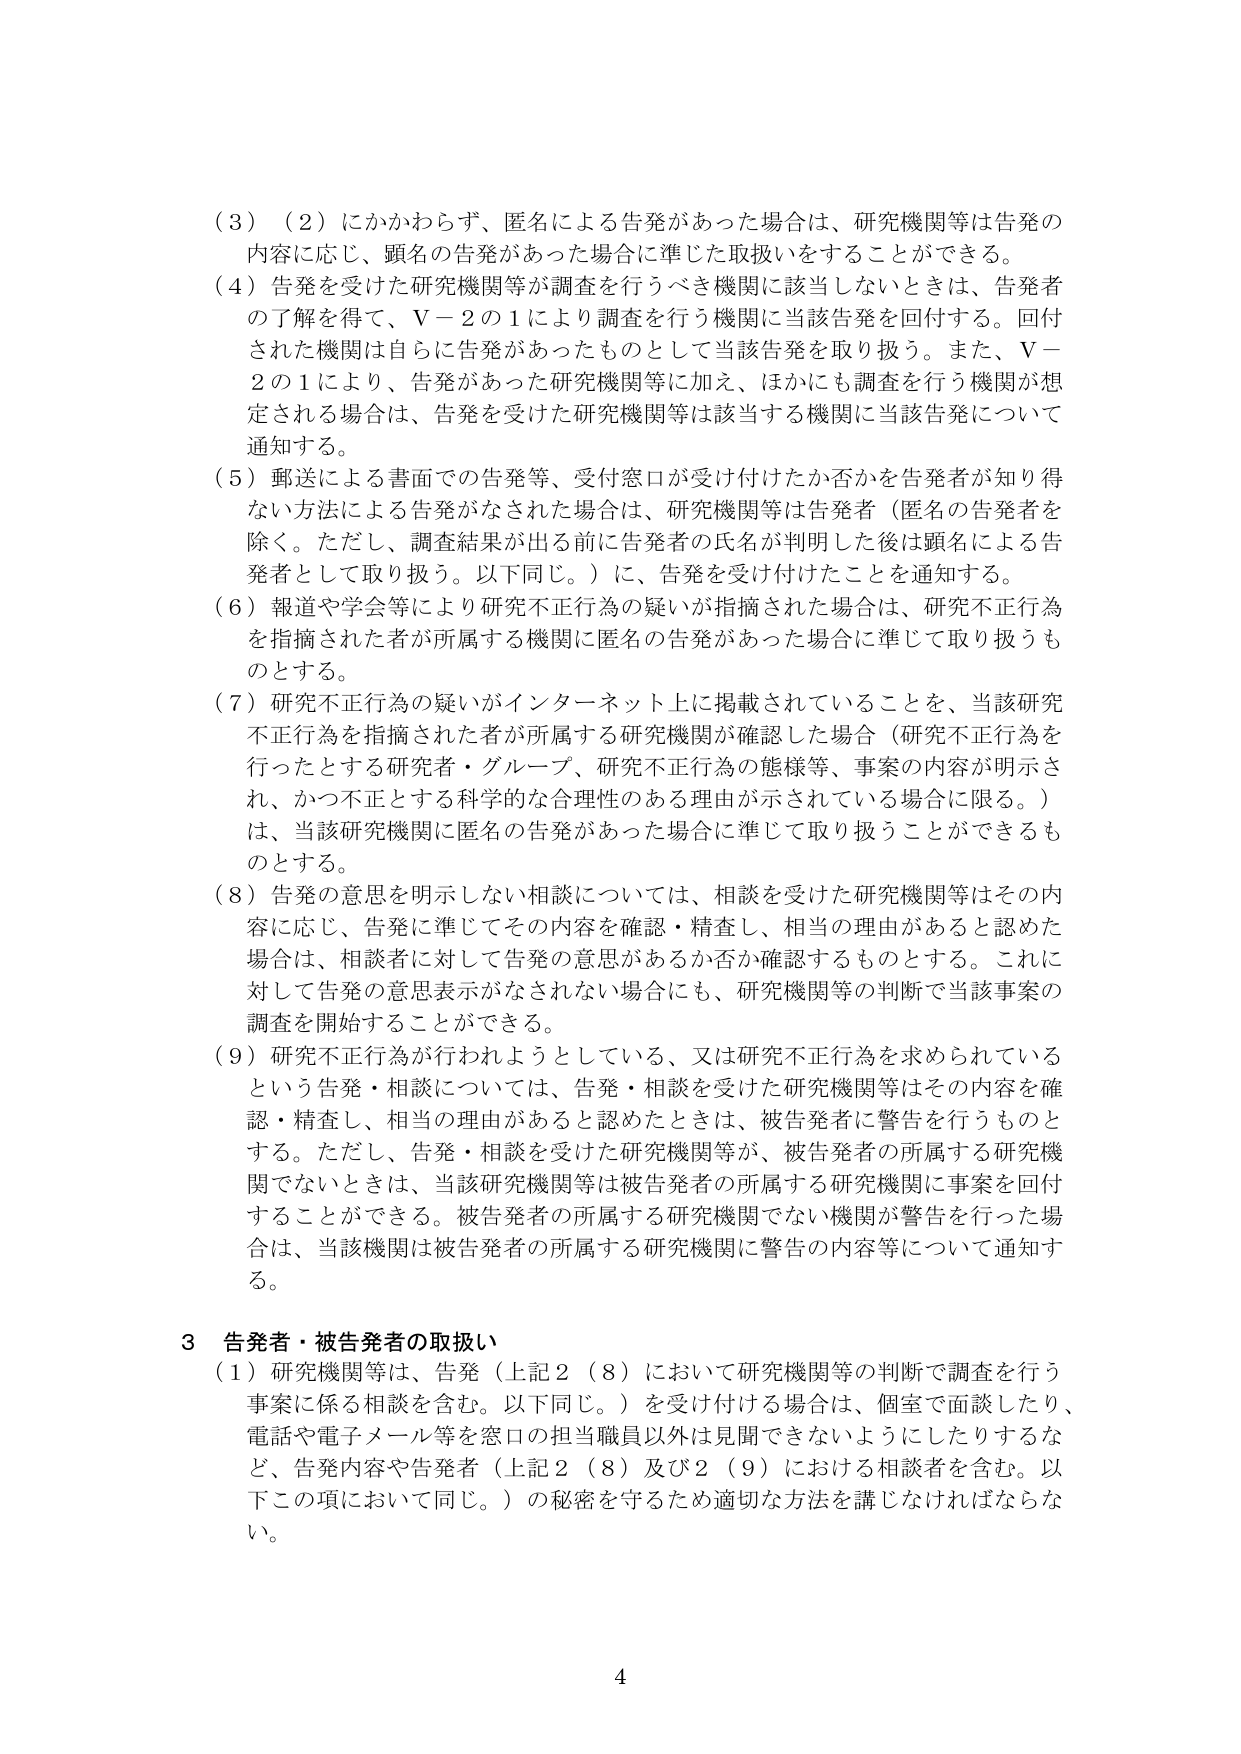
（３）（２）にかかわらず、匿名による告発があった場合は、研究機関等は告発の内容に応じ、顕名の告発があった場合に準じた取扱いをすることができる。

（４）告発を受けた研究機関等が調査を行うべき機関に該当しないときは、告発者の了解を得て、Ｖ－２の１により調査を行う機関に当該告発を回付する。回付された機関は自らに告発があったものとして当該告発を取り扱う。また、Ｖ－２の１により、告発があった研究機関等に加え、ほかにも調査を行う機関が想定される場合は、告発を受けた研究機関等は該当する機関に当該告発について通知する。

（５）郵送による書面での告発等、受付窓口が受け付けたか否かを告発者が知り得ない方法による告発がなされた場合は、研究機関等は告発者（匿名の告発者を除く。ただし、調査結果が出る前に告発者の氏名が判明した後は顕名による告発者として取り扱う。以下同じ。）に、告発を受け付けたことを通知する。

（６）報道や学会等により研究不正行為の疑いが指摘された場合は、研究不正行為を指摘された者が所属する機関に匿名の告発があった場合に準じて取り扱うものとする。

（７）研究不正行為の疑いがインターネット上に掲載されていることを、当該研究不正行為を指摘された者が所属する研究機関が確認した場合（研究不正行為を行ったとする研究者・グループ、研究不正行為の態様等、事案の内容が明示され、かつ不正とする科学的な合理性のある理由が示されている場合に限る。）は、当該研究機関に匿名の告発があった場合に準じて取り扱うことができるものとする。

（８）告発の意思を明示しない相談については、相談を受けた研究機関等はその内容に応じ、告発に準じてその内容を確認・精査し、相当の理由があると認めた場合は、相談者に対して告発の意思があるか否か確認するものとする。これに対して告発の意思表示がなされない場合にも、研究機関等の判断で当該事案の調査を開始することができる。

（９）研究不正行為が行われようとしている、又は研究不正行為を求められているという告発・相談については、告発・相談を受けた研究機関等はその内容を確認・精査し、相当の理由があると認めたときは、被告発者に警告を行うものとする。ただし、告発・相談を受けた研究機関等が、被告発者の所属する研究機関でないときは、当該研究機関等は被告発者の所属する研究機関に事案を回付することができる。被告発者の所属する研究機関でない機関が警告を行った場合は、当該機関は被告発者の所属する研究機関に警告の内容等について通知する。

３ 告発者・被告発者の取扱い

（１）研究機関等は、告発（上記２（８）において研究機関等の判断で調査を行う事案に係る相談を含む。以下同じ。）を受け付けた場合は、個室で面談したり、電話や電子メール等を窓口の担当職員以外は見聞できないようにしたりするなど、告発内容や告発者（上記２（８）及び２（９）における相談者を含む。以下この項において同じ。）の秘密を守るため適切な方法を講じなければならな い。

4